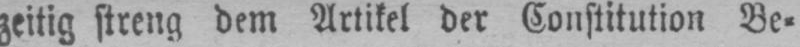
zeitig streng dem Artikel der Constitution Be⸗